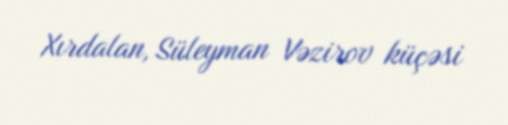
Xırdalan, Süleyman Vəzirov küçəsi